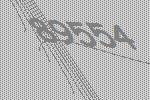
89554